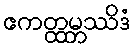
ဧကတ္ထမ္ဘဿိဒံ